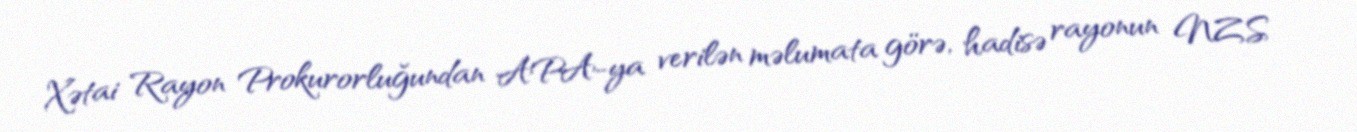
Xətai Rayon Prokurorluğundan APA-ya verilən məlumata görə, hadisə rayonun NZS